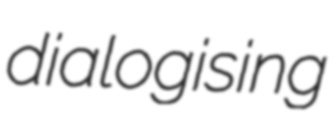
dialogising